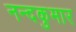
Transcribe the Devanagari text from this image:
नन्दकुमार